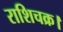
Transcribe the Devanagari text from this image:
राशिचक्र।